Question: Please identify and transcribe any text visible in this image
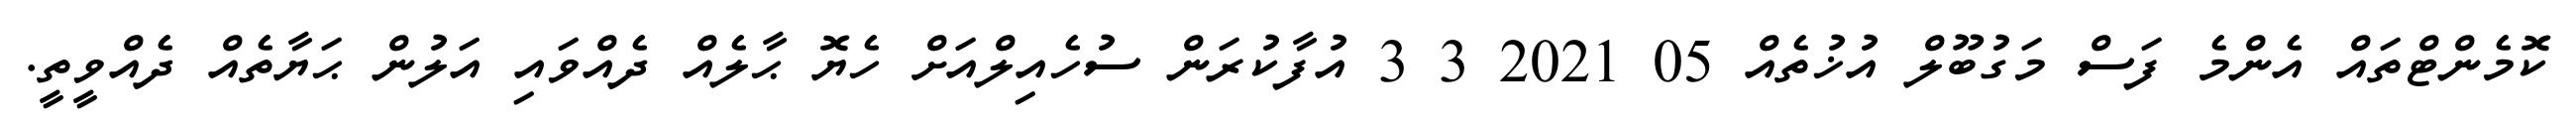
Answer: ކޮމެންޓްތައް އެންމެ ފަސް މަގުބޫލް އުޚުތެއް 05 2021 3 3 އުފާކުރަން ސުހެއިލްއަށް ހެޔޮ ޙާލެއް ދެއްވައި އަލުން ޙަޔާތެއް ދެއްވީތީ.